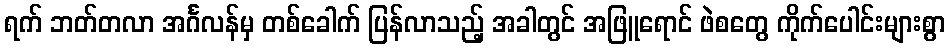
ရက် ဘတ်တလာ အင်္ဂလန်မှ တစ်ခေါက် ပြန်လာသည့် အခါတွင် အဖြူရောင် ဖဲစတွေ ကိုက်ပေါင်းများစွာ